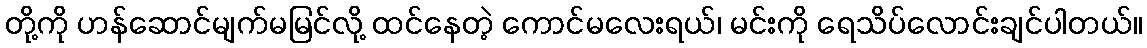
တို့ကို ဟန်ဆောင်မျက်မမြင်လို့ ထင်နေတဲ့ ကောင်မလေးရယ်၊ မင်းကို ရေသိပ်လောင်းချင်ပါတယ်။